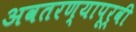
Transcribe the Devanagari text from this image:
अवतरण्यापूर्वी